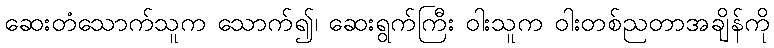
ဆေးတံသောက်သူက သောက်၍၊ ဆေးရွက်ကြီး ဝါးသူက ဝါးတစ်ညတာအချိန်ကို